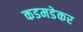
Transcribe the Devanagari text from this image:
कडमडेकर